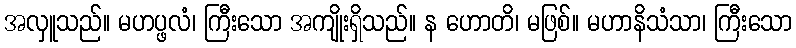
အလှူသည်။ မဟပ္ဖလံ၊ ကြီးသော အကျိုးရှိသည်။ န ဟောတိ၊ မဖြစ်။ မဟာနိသံသာ၊ ကြီးသော